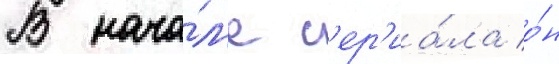
В нача́л'е с'ер'иа́ла о́н